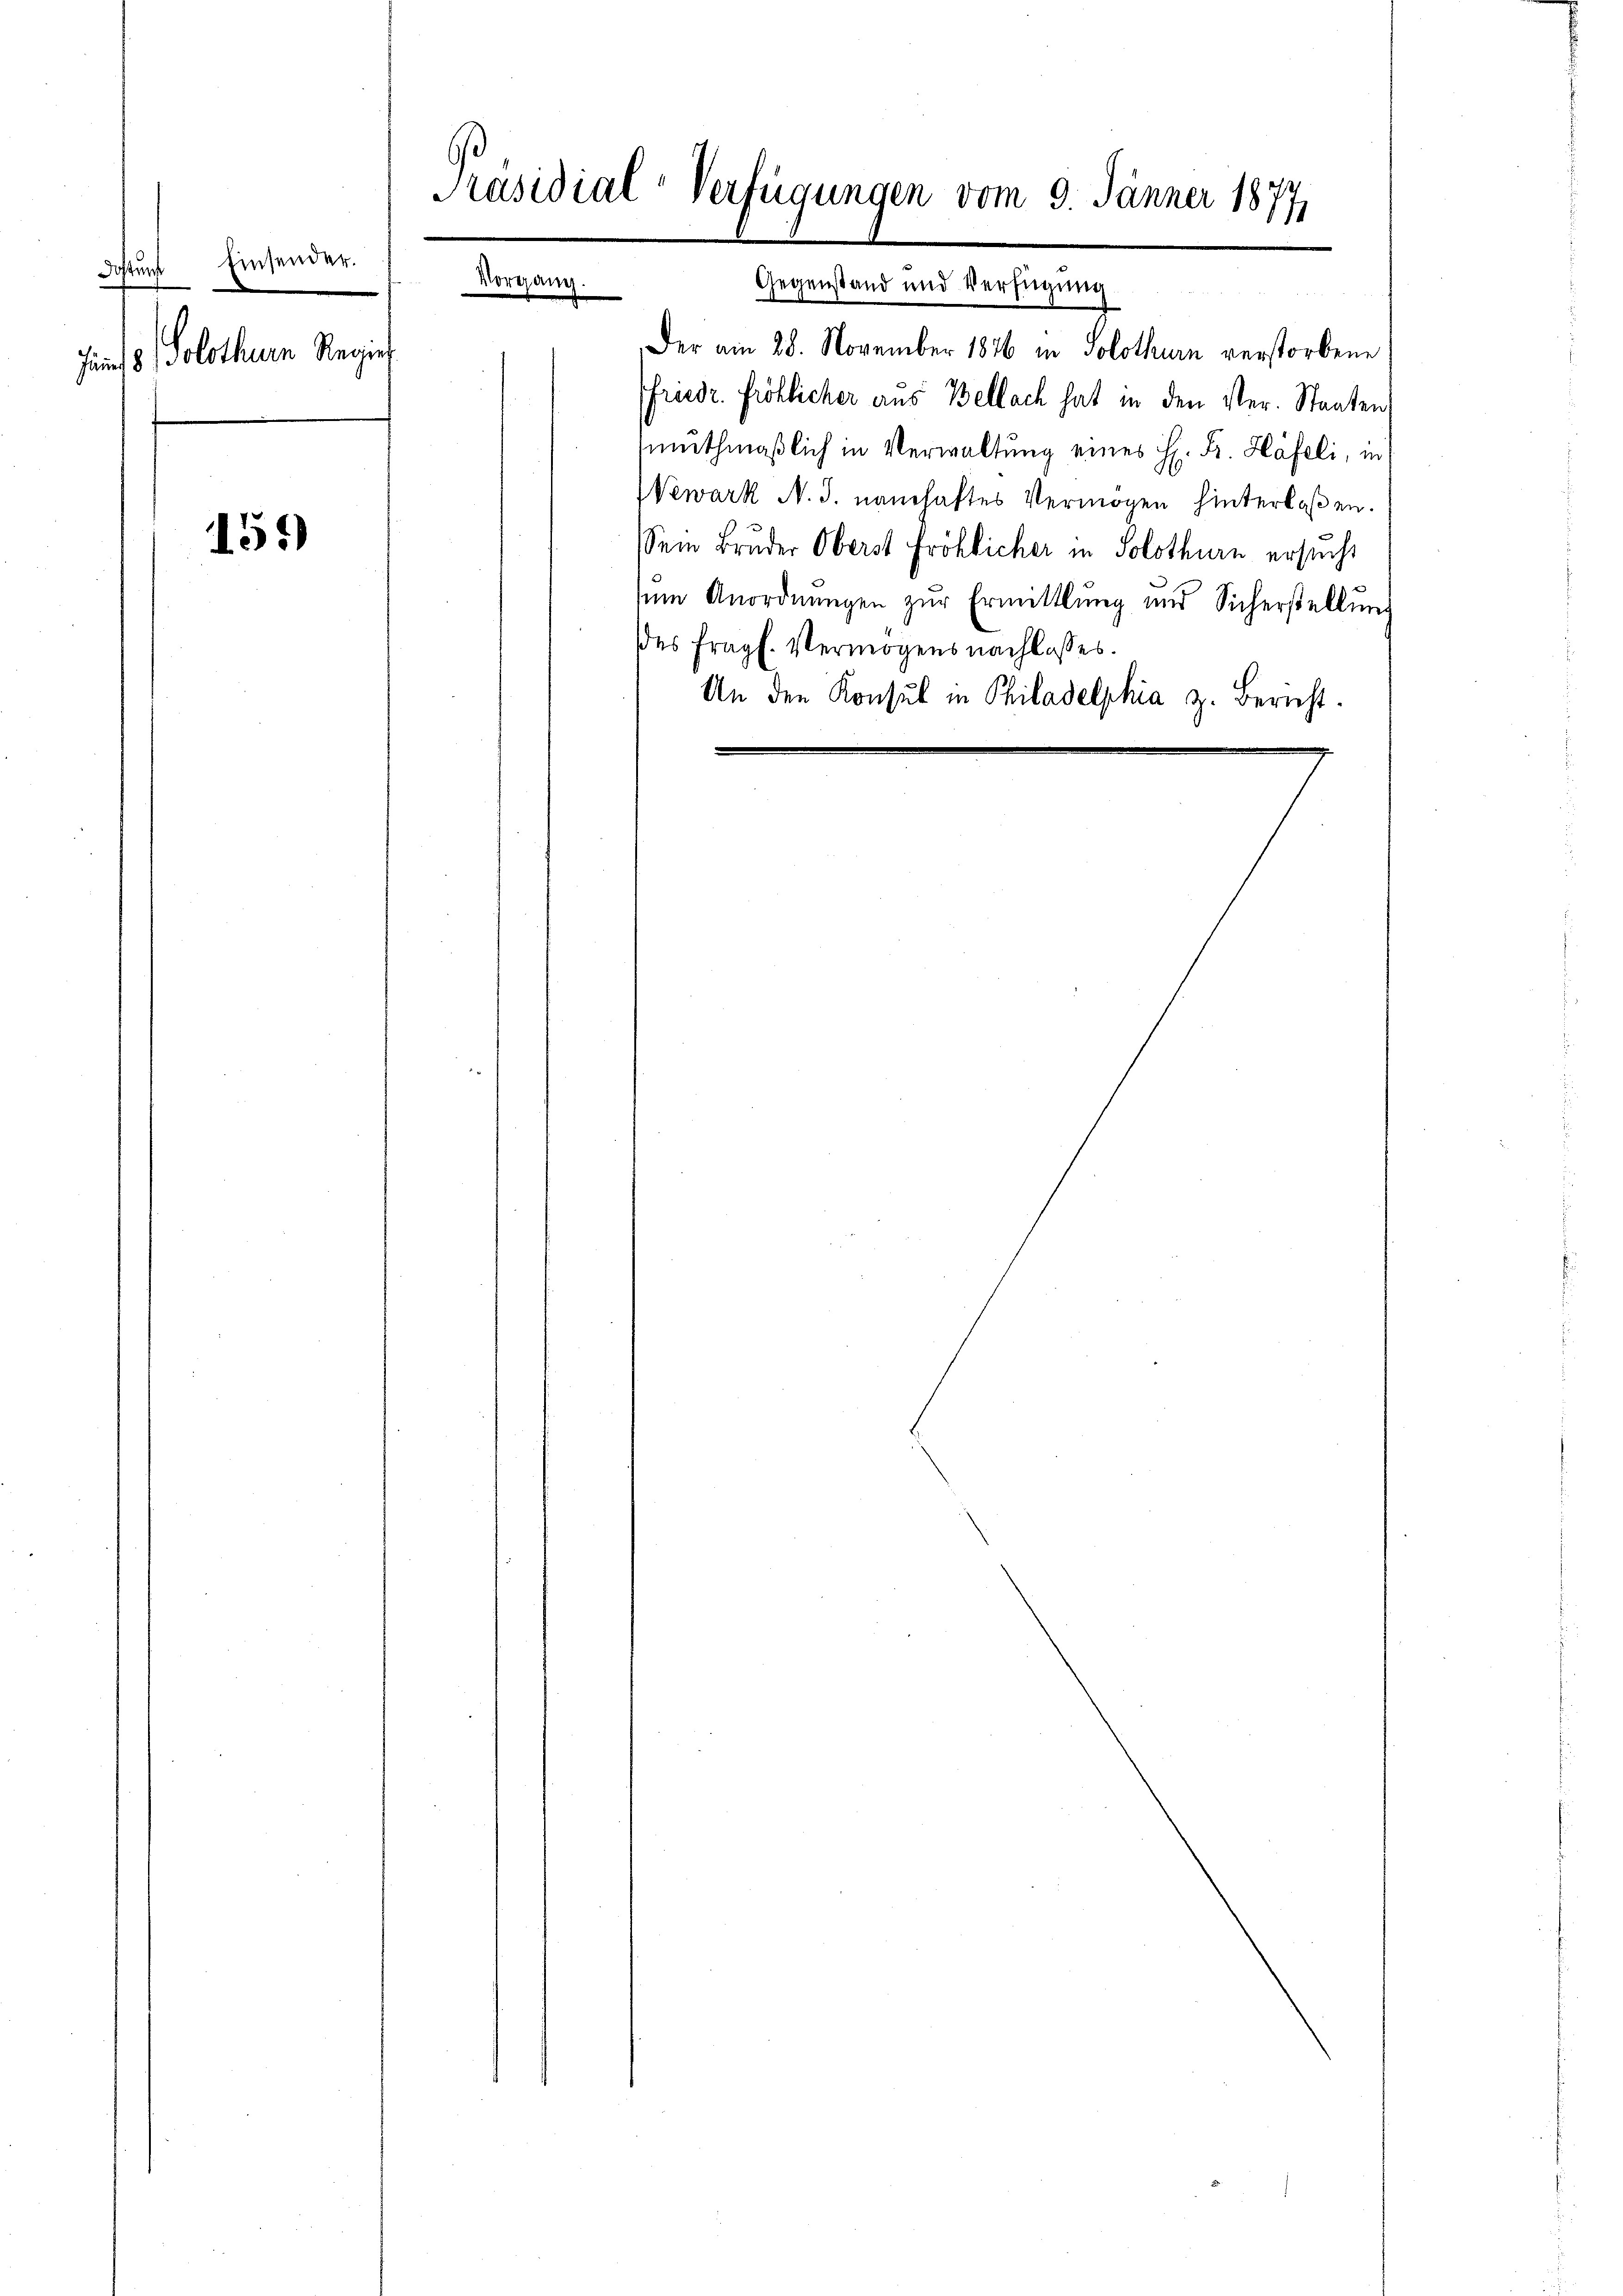
Einsender.
Dostung
Vorer ang
.
Juni d. Solothurn Regier

159)

Präsidial-Verfügungen vom 9. Jänner 1877

Der am 28. November 1846 in Solothurn verstorbene
friedr. Fröhlicher aus Bellach hat in den Ver- Staaten
muthmaßlich in Verwaltung eines H. Dr. Häfeli, in
Wewark N. J. namhaftes Vermögen hinterlaßen.
Sein Bruder Oberst fröhlicher in Solothurn ersucht
ŭm Anordnŭngen zŭr Ermittlung und Sicherstellŭng
des fragl. Vermögensnachlasses.
An den Konsul in Philadelphia z. Bericht.